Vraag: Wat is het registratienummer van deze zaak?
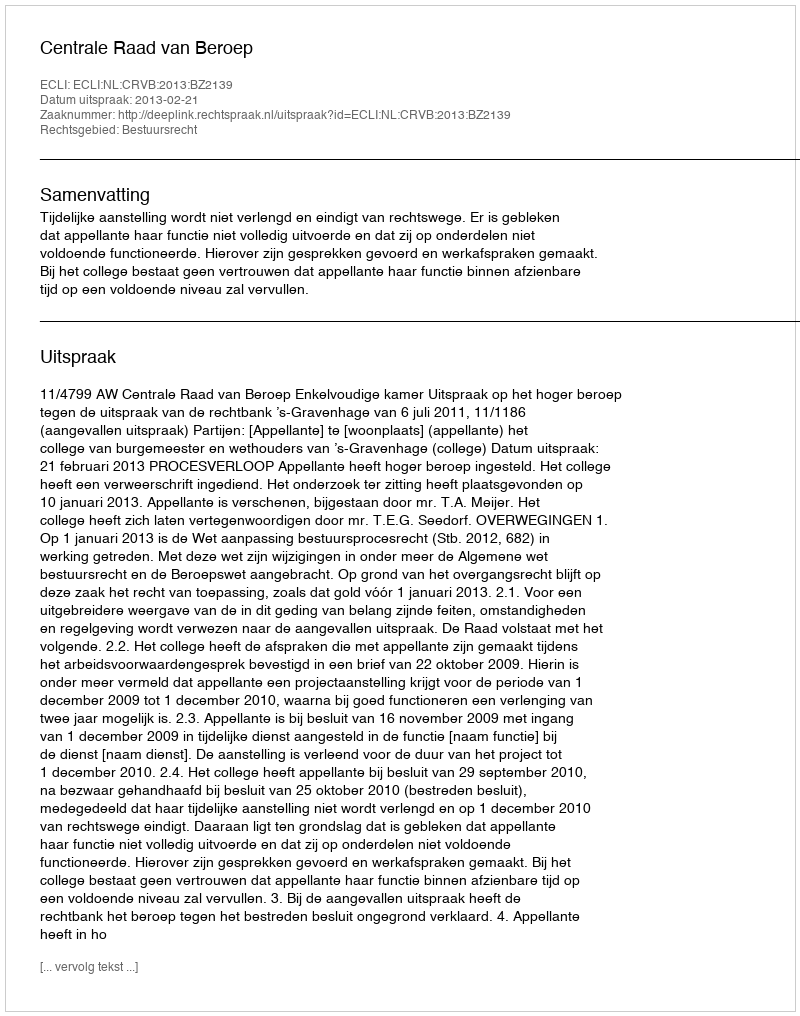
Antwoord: http://deeplink.rechtspraak.nl/uitspraak?id=ECLI:NL:CRVB:2013:BZ2139